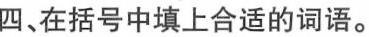
四、在括号中填上合适的词语。